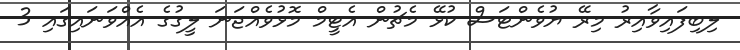
ލިބިފައިވާއިރު މިރޭ ޔުވެންޓަސް ކުޅޭ މެޗުން އެޓީމް މޮޅުވެއްޖަނަ ލީގުގެ އެއްވަނައިގައި 3